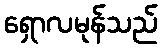
ရှောလမုန်သည်